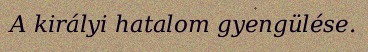
A királyi hatalom gyengülése.